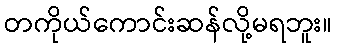
တကိုယ်ကောင်းဆန်လို့မရဘူး။